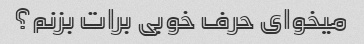
میخوای حرف خوبی برات بزنم؟